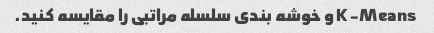
K-Means و خوشه بندی سلسله مراتبی را مقایسه کنید.